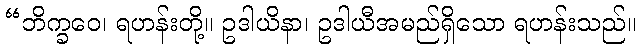
“ဘိက္ခဝေ၊ ရဟန်းတို့။ ဥဒါယိနာ၊ ဥဒါယီအမည်ရှိသော ရဟန်းသည်။